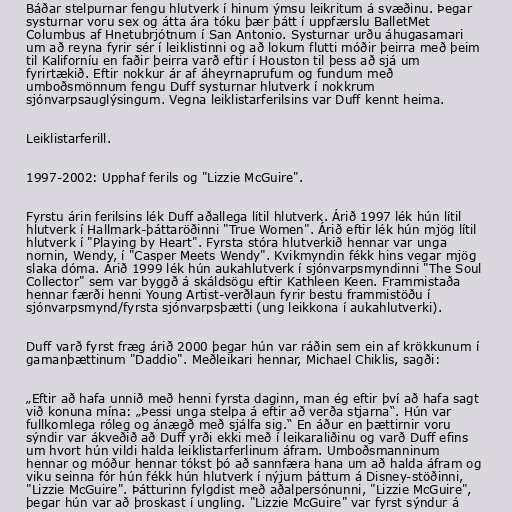
Báðar stelpurnar fengu hlutverk í hinum ýmsu leikritum á svæðinu. Þegar
systurnar voru sex og átta ára tóku þær þátt í uppfærslu BalletMet
Columbus af Hnetubrjótnum í San Antonio. Systurnar urðu áhugasamari
um að reyna fyrir sér í leiklistinni og að lokum flutti móðir þeirra með þeim
til Kaliforníu en faðir þeirra varð eftir í Houston til þess að sjá um
fyrirtækið. Eftir nokkur ár af áheyrnaprufum og fundum með
umboðsmönnum fengu Duff systurnar hlutverk í nokkrum
sjónvarpsauglýsingum. Vegna leiklistarferilsins var Duff kennt heima.

Leiklistarferill.

1997-2002: Upphaf ferils og "Lizzie McGuire".

Fyrstu árin ferilsins lék Duff aðallega lítil hlutverk. Árið 1997 lék hún lítil
hlutverk í Hallmark-þáttaröðinni "True Women". Árið eftir lék hún mjög lítil
hlutverk í "Playing by Heart". Fyrsta stóra hlutverkið hennar var unga
nornin, Wendy, í "Casper Meets Wendy". Kvikmyndin fékk hins vegar mjög
slaka dóma. Árið 1999 lék hún aukahlutverk í sjónvarpsmyndinni "The Soul
Collector" sem var byggð á skáldsögu eftir Kathleen Keen. Frammistaða
hennar færði henni Young Artist-verðlaun fyrir bestu frammistöðu í
sjónvarpsmynd/fyrsta sjónvarpsþætti (ung leikkona í aukahlutverki).

Duff varð fyrst fræg árið 2000 þegar hún var ráðin sem ein af krökkunum í
gamanþættinum "Daddio". Meðleikari hennar, Michael Chiklis, sagði:

„Eftir að hafa unnið með henni fyrsta daginn, man ég eftir því að hafa sagt
við konuna mína: „Þessi unga stelpa á eftir að verða stjarna“. Hún var
fullkomlega róleg og ánægð með sjálfa sig.“ En áður en þættirnir voru
sýndir var ákveðið að Duff yrði ekki með í leikaraliðinu og varð Duff efins
um hvort hún vildi halda leiklistarferlinum áfram. Umboðsmanninum
hennar og móður hennar tókst þó að sannfæra hana um að halda áfram og
viku seinna fór hún fékk hún hlutverk í nýjum þáttum á Disney-stöðinni,
"Lizzie McGuire". Þátturinn fylgdist með aðalpersónunni, "Lizzie McGuire",
þegar hún var að þroskast í ungling. "Lizzie McGuire" var fyrst sýndur á